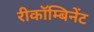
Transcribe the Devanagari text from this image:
रीकॉम्बिनेंट